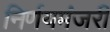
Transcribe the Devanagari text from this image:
निर्णयमंजरी